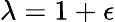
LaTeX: \lambda=1+\epsilon